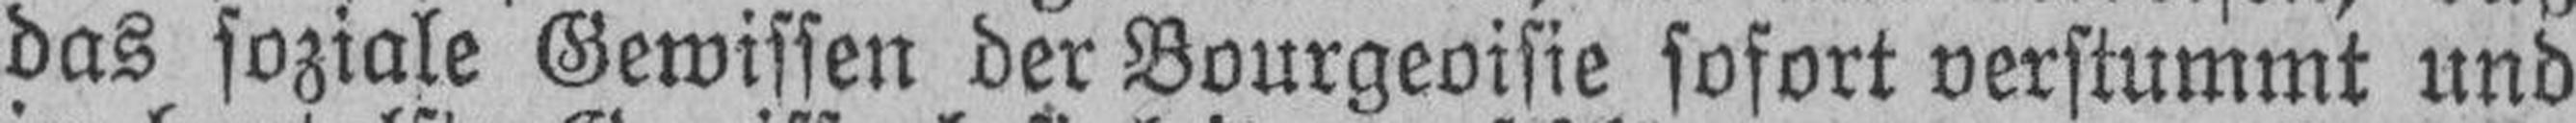
das soziale Gewissen der Bourgeoisie sofort verstummt und